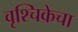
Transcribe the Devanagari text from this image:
वृश्चिकेचा